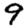
Digit: 9